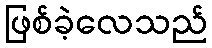
ဖြစ်ခဲ့လေသည်